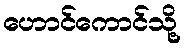
ဟောင်ကောင်သို့